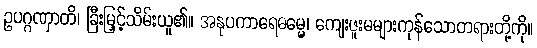
ဥပဂ္ဂဏှာတိ၊ ခြီးမြှင့်သိမ်းယူ၏။ အနုပကာရေဓမ္မေ၊ ကျေးဇူးမများကုန်သောတရားတို့ကို။